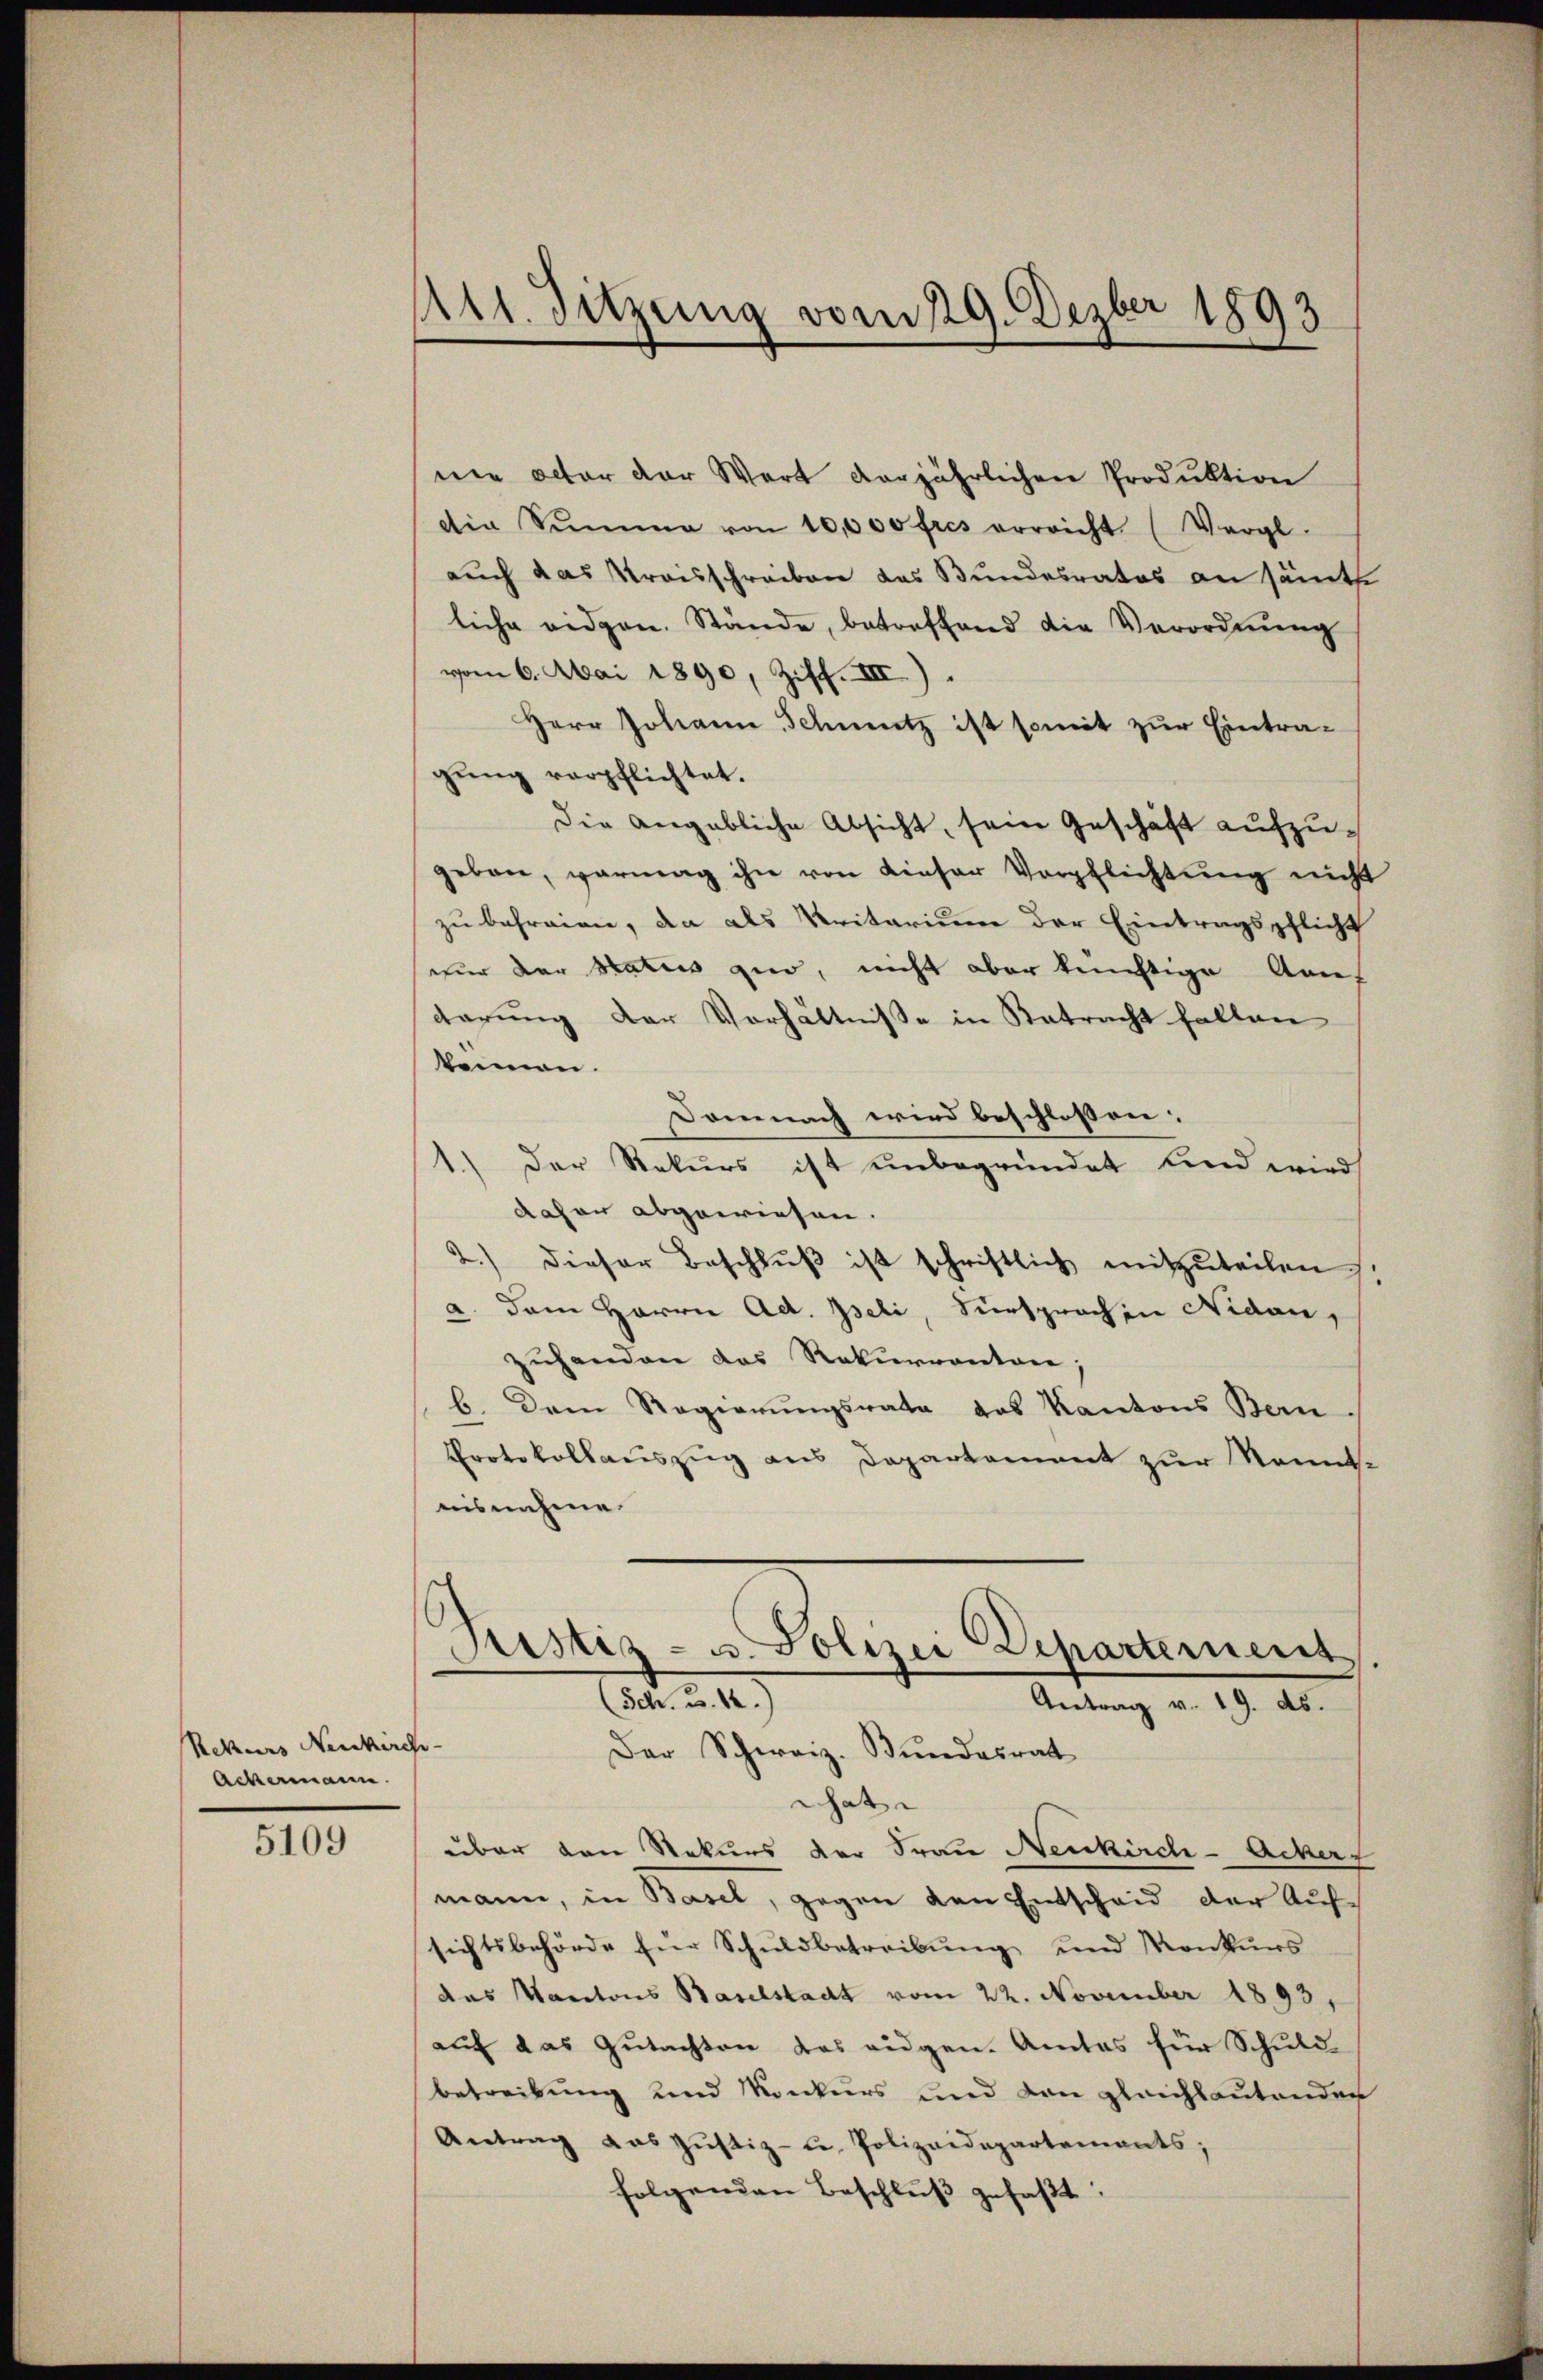
5109

Rekurs Neukirche.
Ackermann.

Art. Sitzung vom 29. Dezber 1893

ne octor der Wert vorjährlichen Produktion
die Summe von 10,000 fres erreicht (Vergl.
auch das Kreisschreiben das Bundesrates an sämt.
liche eidgen. Stände, betreffend die Verordnŭng
vom 6. Mai 1890, Ziff. III).
Herr Johann Schmutz ist somit zur Eintra-
gung verpflichtet.
Die angebliche Absicht, sein Geschäft aufzugeben, vermag ihn von dieser Verpflichtung nicht
zu befreien, da als Pritarium der Eintragspflicht
nur der Status quo, nicht aber künftige Ann
darung der Verhältniße in Betracht fallen
kennen.
Domnach wird beschlossen:
1.) Der Rekurs ist unbegründet und wird
dahan abgewiesen.
2.) dieser Beschlŭβ ist schriftlich mitzuteilen.
a. dem Herrn Ad. Iseli, Fürsprach in Nidau,
zuhanden das Rekurrenten;
b. Dem Regierŭngsrata das Kantons Bern
Protokollauszug aus Departement zur Kennt.
nisnahme.
Justiz- u. Polizei Departement
(Sch. 2. 12)
Antrag v. 19. ds.
Der Schweiz. Bundesrat
That
über den Rekurs der Frau Neukirch- Ackers
mann, in Basel, gegen den Entscheid der Aufsichtsbehörde für Schuldbetreibung und Konkurs
das Kantons Baselstadt vom 22. November 1893,
auf das Gutachten das eidgen. Amtes für Schuld-
betreibung und Konkurs und den gleichbautenden
Antrag das Justiz- u. Polizeidepartements;
folgenden Beschluß gefaßt: